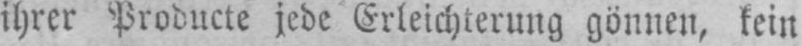
ihrer Producte jede Erleichterung gönnen, kein